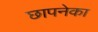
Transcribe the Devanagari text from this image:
छापनेका